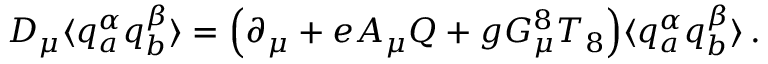
D _ { \mu } \langle q _ { a } ^ { \alpha } q _ { b } ^ { \beta } \rangle = \Bigl ( \partial _ { \mu } + e A _ { \mu } Q + g G _ { \mu } ^ { 8 } T _ { 8 } \Bigr ) \langle q _ { a } ^ { \alpha } q _ { b } ^ { \beta } \rangle \, .